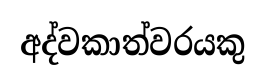
අද්වකාත්වරයකු